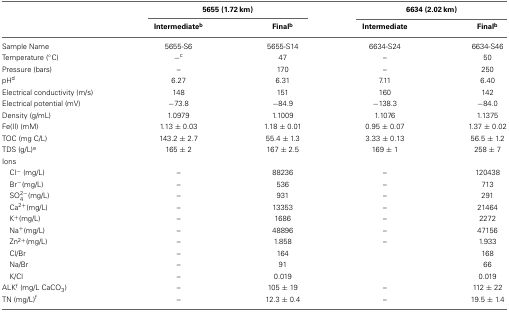
|  | <COLSPAN=2> 5655 (1.72 km) | <COLSPAN=2> 6634 (2.02 km) |
 |  | Intermediateb | Finalb | Intermediate | Finalb |
 | --- | --- | --- | --- | --- |
 | Sample Name | 5655-S6 | 5655-S14 | 6634-S24 | 6634-S46 |
 | Temperature (°C) | −c | 47 | – | 50 |
 | Pressure (bars) | – | 170 | – | 250 |
 | pHd | 6.27 | 6.31 | 7.11 | 6.40 |
 | Electrical conductivity (m/s) | 148 | 151 | 160 | 142 |
 | Electrical potential (mV) | −73.8 | −84.9 | −138.3 | −84.0 |
 | Density (g/mL) | 1.0979 | 1.1009 | 1.1076 | 1.1375 |
 | Fe(II) (mM) | 1.13 ± 0.03 | 1.18 ± 0.01 | 0.95 ± 0.07 | 1.37 ± 0.02 |
 | TOC (mg C/L) | 143.2 ± 2.7 | 55.4 ± 1.3 | 3.33 ± 0.13 | 56.5 ± 1.2 |
 | TDS (g/L)e | 165 ± 2 | 167 ± 2.5 | 169 ± 1 | 258 ± 7 |
 | Ions |  |  |  |  |
 | Cl− (mg/L) | – | 88236 | – | 120438 |
 | Br−(mg/L) | – | 536 | – | 713 |
 | SO2−4(mg/L) | – | 931 | – | 291 |
 | Ca2+(mg/L) | – | 13353 | – | 21464 |
 | K+(mg/L) | – | 1686 | – | 2272 |
 | Na+(mg/L) | – | 48896 | – | 47156 |
 | Zn2+(mg/L) | – | 1.858 | – | 1.933 |
 | Cl/Br | – | 164 |  | 168 |
 | Na/Br | – | 91 |  | 66 |
 | K/Cl | – | 0.019 |  | 0.019 |
 | ALKf (mg/L CaCO3) | – | 105 ± 19 | – | 112 ± 22 |
 | TN (mg/L)f | – | 12.3 ± 0.4 | – | 19.5 ± 1.4 |